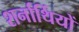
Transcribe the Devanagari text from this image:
शर्नार्थियों